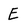
Character: E